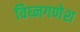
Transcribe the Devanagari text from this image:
विघ्नगणेश